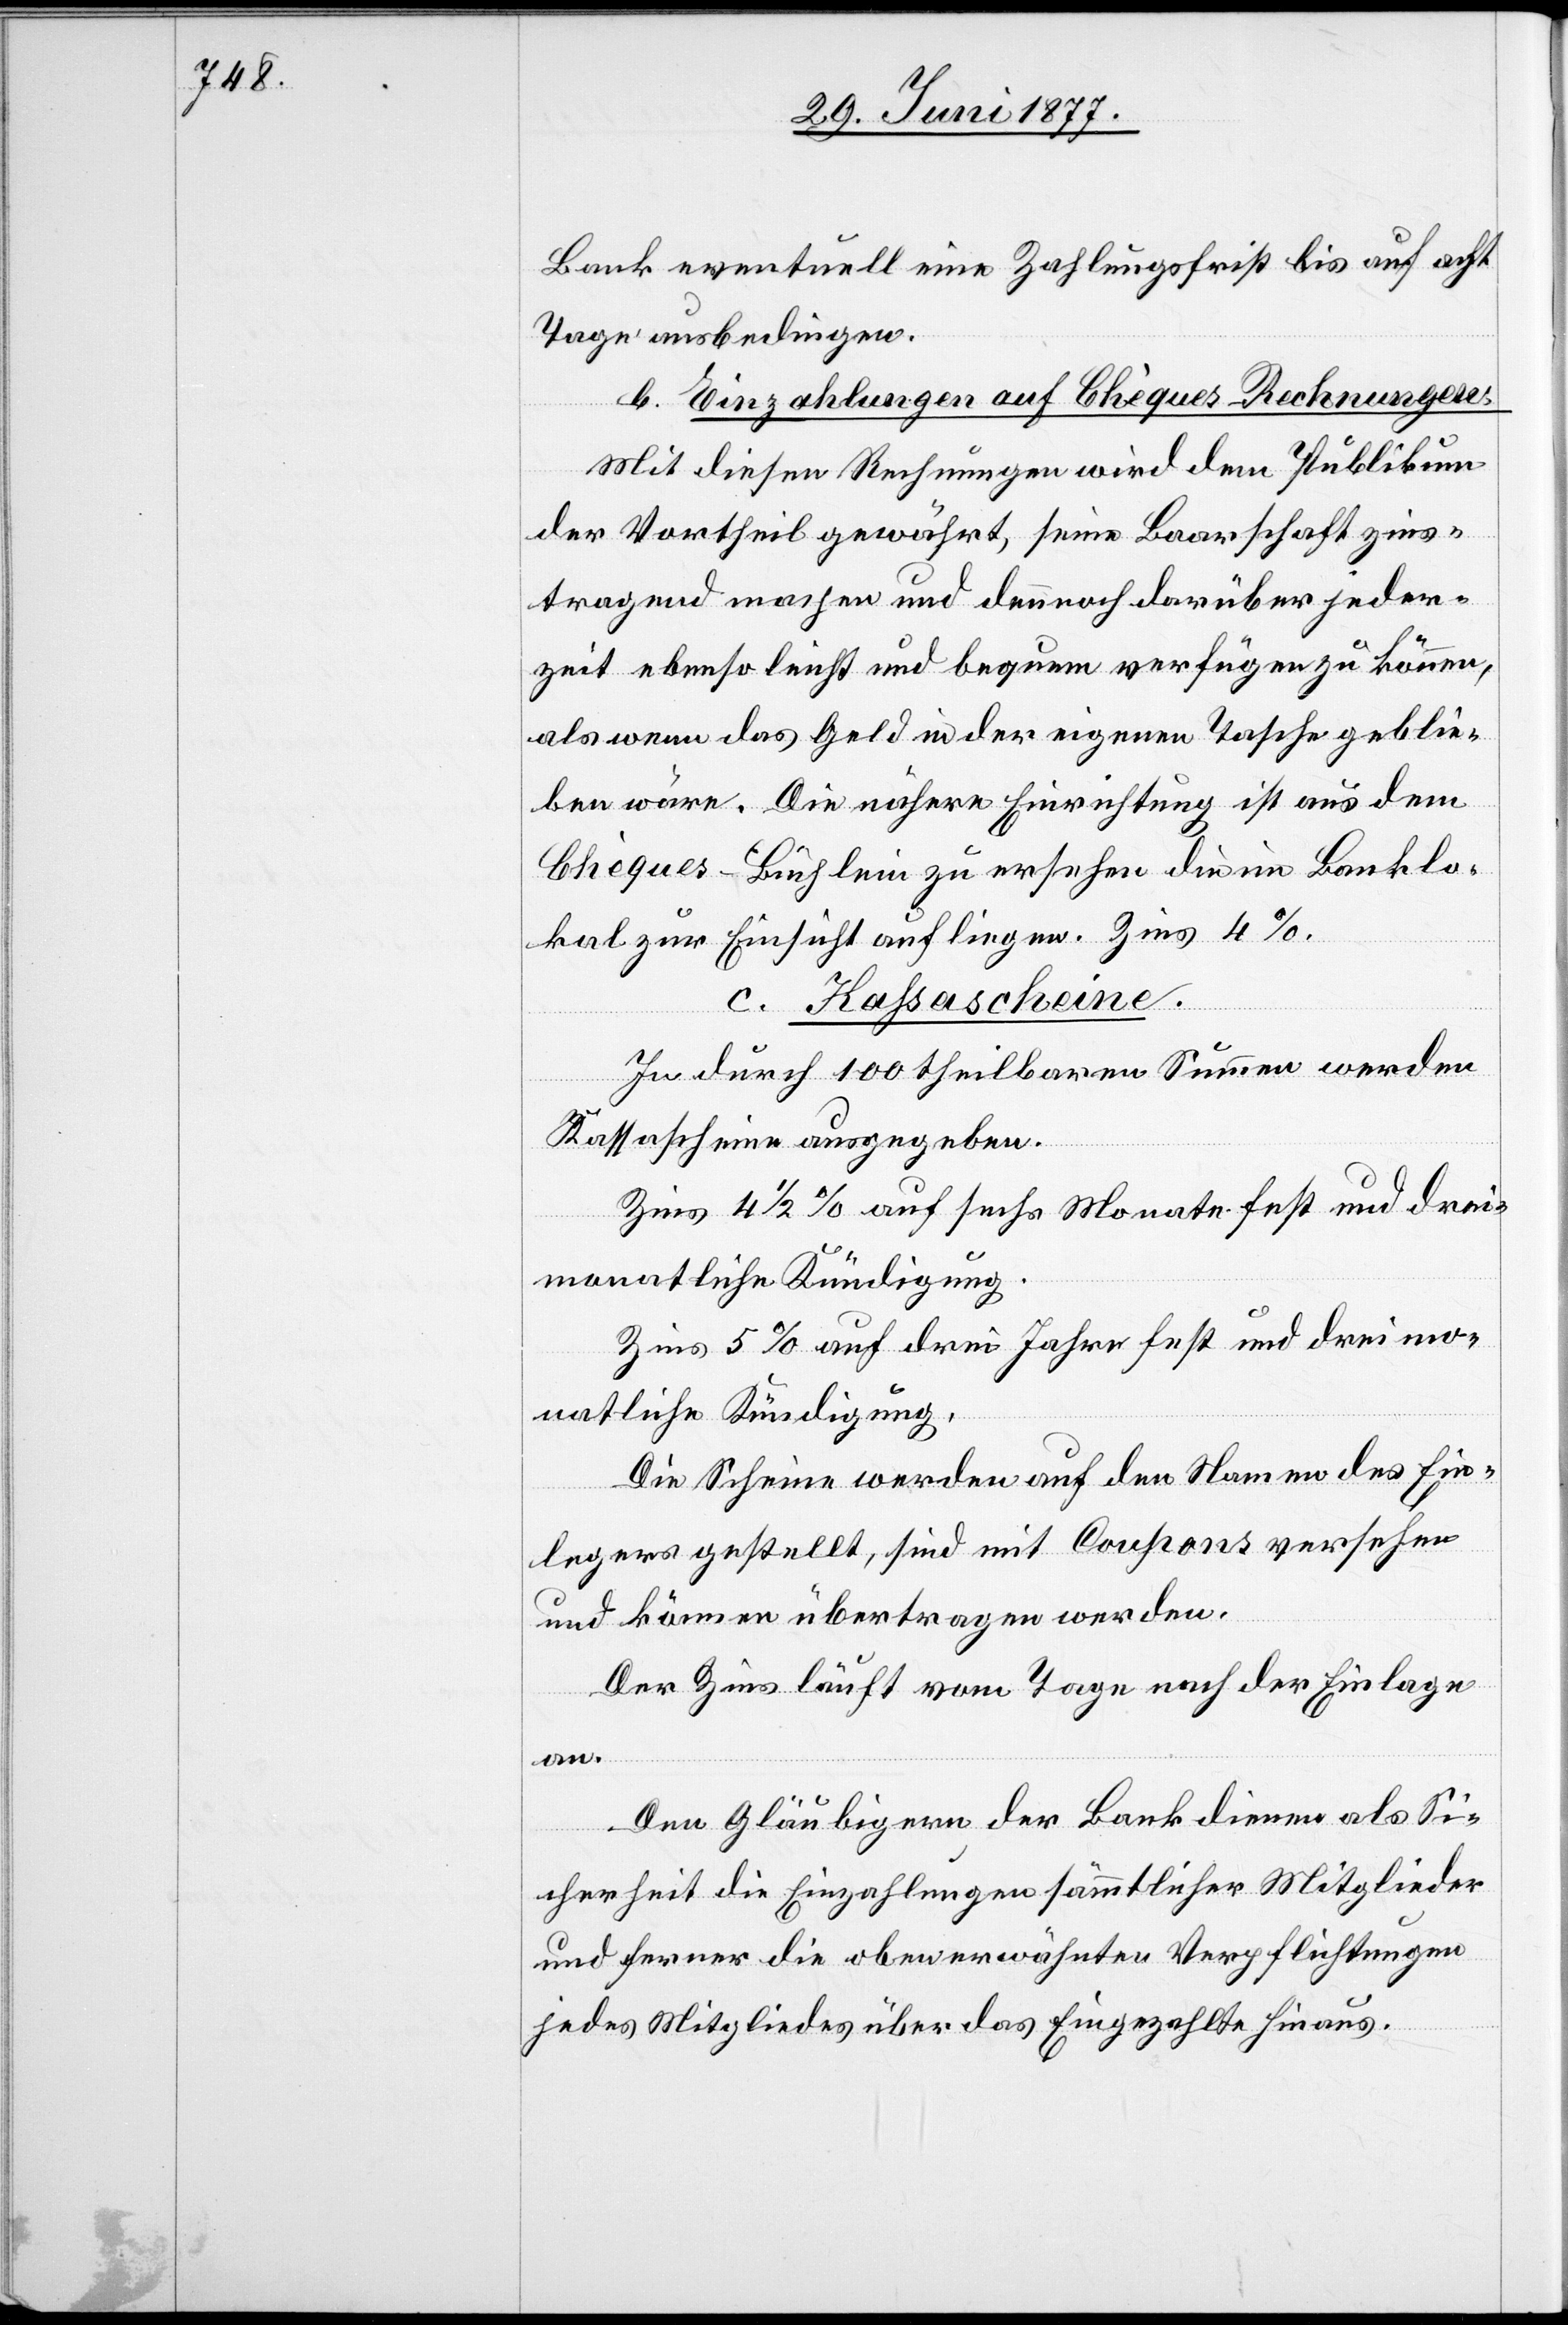
Bank eventuell eine Zahlungsfrist bis auf acht
Tage ausbedingen.
b. Einzahlungen auf Chéques-Rechnungen.
Mit diesen Rechnungen wird dem Publikum
der Vortheil gewährt, seine Baarschaft zins¬
tragen machen und dennoch darüber jeder¬
zeit ebenso leicht und bequem verfügen zu können,
als wenn das Geld in der eigenen Tasche geblie¬
ben wäre. Die nähere Einrichtung ist aus dem
Chéques-Büchlein zu ersehen die im Banklo¬
kal zur Einsicht aufliegen. Zins 4%.
c. Kassascheine.
In durch 100 theilbaren Summen werden
Kassascheine ausgegeben.
Zins 4 1/2% auf sechs Monate fest und drei¬
monatliche Kündigung.
Zins 5% auf drei Jahre fest und drei mo¬
natliche Kündigung.
Die Scheine werden auf den Namen des Ein¬
legers gestellt, sind mit Coupons versehen
und können übertragen werden.
Der Zins läuft vom Tage nach der Einlage
an.
Den Gläubigern der Bank dienen als Si¬
cherheit die Einzahlungen sämmtlicher Mitglieder
und ferner die oben erwähnten Verpflichtungen
jedes Mitgliedes über das Eingezahlte hinaus.